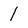
Character: 1